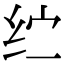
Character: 纻